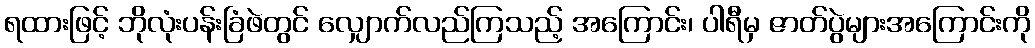
ရထားဖြင့် ဘိုလုံးပန်းခြံဖဲတွင် လျှောက်လည်ကြသည့် အကြောင်း၊ ပါရီမှ ဇာတ်ပွဲများအကြောင်းကို